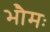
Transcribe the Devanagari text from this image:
भौमः